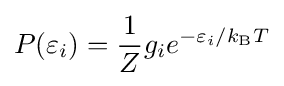
P(\varepsilon _{i})={\frac {1}{Z}}g_{i}e^{-\varepsilon _{i}/k_{\text{B}}T}